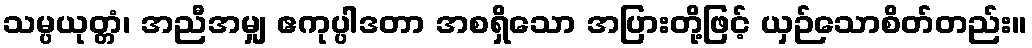
သမ္ပယုတ္တံ၊ အညီအမျှ ဧကုပ္ပါဒတာ အစရှိသော အပြားတို့ဖြင့် ယှဉ်သောစိတ်တည်း။